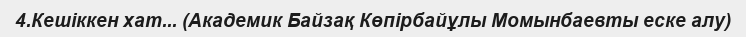
4.Кешіккен хат... (Академик Байзақ Көпірбайұлы Момынбаевты еске алу)